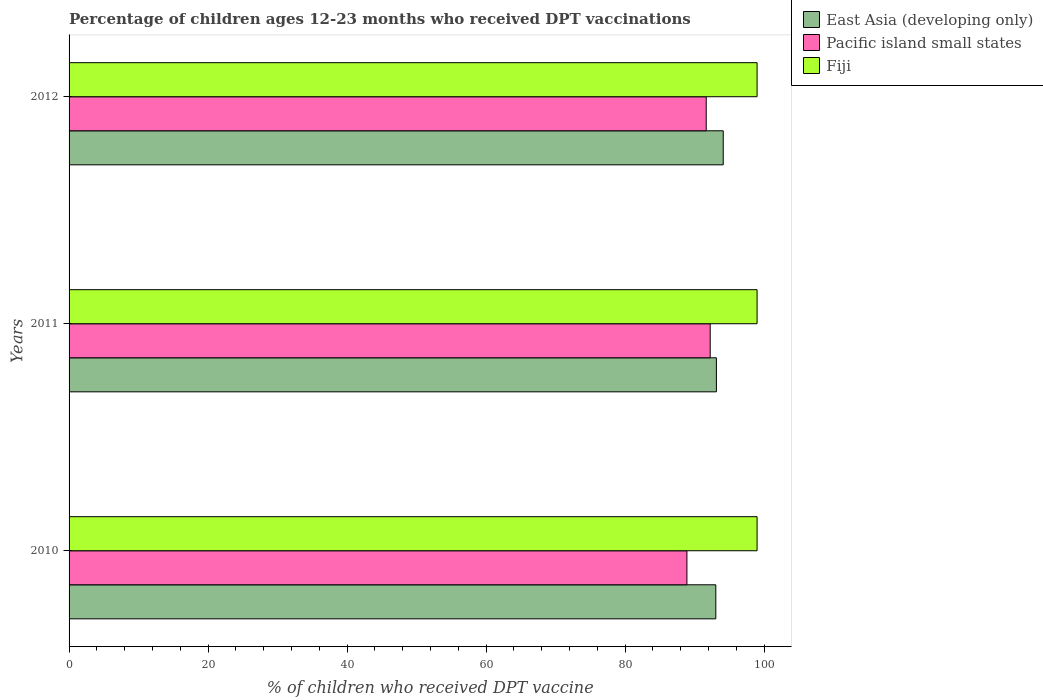
| Years | East Asia (developing only) | Pacific island small states | Fiji |
 | --- | --- | --- | --- |
 | 2010 | 93.1 | 88.9 | 99 |
 | 2011 | 93.1 | 92.3 | 99 |
 | 2012 | 94.1 | 91.7 | 99 |